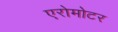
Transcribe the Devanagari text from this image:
एरोमोटर